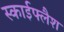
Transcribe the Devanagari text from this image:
स्काईफ्लैश